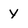
Character: Y